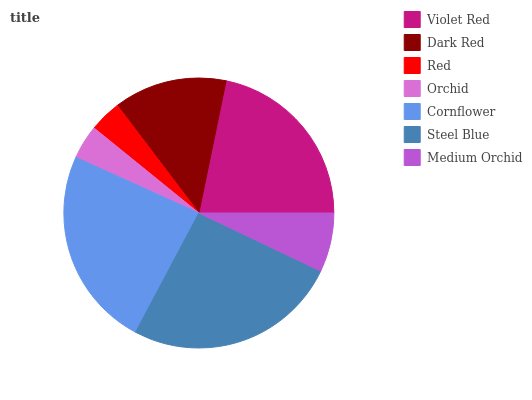
| Violet Red | Dark Red | Red | Orchid | Cornflower | Steel Blue | Medium Orchid |
 | --- | --- | --- | --- | --- | --- | --- |
 | 21.8% | 13.6% | 3.84% | 4.07% | 24% | 25.6% | 7.08% |